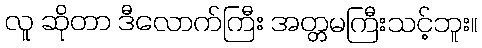
လူ ဆိုတာ ဒီလောက်ကြီး အတ္တမကြီးသင့်ဘူး။